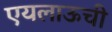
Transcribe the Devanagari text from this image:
एयलाऊची